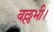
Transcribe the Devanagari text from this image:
वल्लभी।